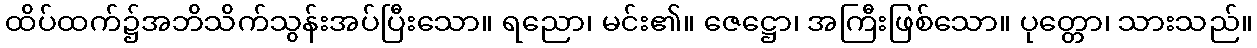
ထိပ်ထက်၌အဘိသိက်သွန်းအပ်ပြီးသော။ ရညော၊ မင်း၏။ ဇေဋ္ဌော၊ အကြီးဖြစ်သော။ ပုတ္တော၊ သားသည်။